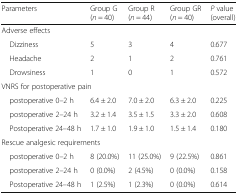
| Parameters | Group G(n = 40) | Group R(n = 44) | Group GR(n = 40) | P value(overall) |
 | --- | --- | --- | --- | --- |
 | <COLSPAN=5> Adverse effects |
 | Dizziness | 5 | 3 | 4 | 0.677 |
 | Headache | 2 | 1 | 2 | 0.761 |
 | Drowsiness | 1 | 0 | 1 | 0.572 |
 | <COLSPAN=5> VNRS for postoperative pain |
 | postoperative 0–2 h | 6.4 ± 2.0 | 7.0 ± 2.0 | 6.3 ± 2.0 | 0.225 |
 | postoperative 2–24 h | 3.2 ± 1.4 | 3.5 ± 1.5 | 3.3 ± 2.0 | 0.608 |
 | Postoperative 24–48 h | 1.7 ± 1.0 | 1.9 ± 1.0 | 1.5 ± 1.4 | 0.180 |
 | <COLSPAN=5> Rescue analgesic requirements |
 | postoperative 0–2 h | 8 (20.0%) | 11 (25.0%) | 9 (22.5%) | 0.861 |
 | postoperative 2–24 h | 0 (0.0%) | 2 (4.5%) | 0 (0.0%) | 0.158 |
 | Postoperative 24–48 h | 1 (2.5%) | 1 (2.3%) | 0 (0.0%) | 0.614 |